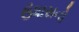
ઉધાસનો